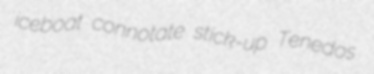
iceboat connotate stick-up Tenedos